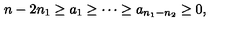
n - 2 n _ { 1 } \geq a _ { 1 } \geq \cdots \geq a _ { n _ { 1 } - n _ { 2 } } \geq 0 ,